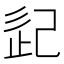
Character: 𢀽